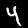
Digit: 4